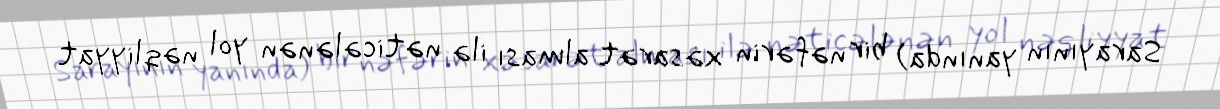
Sarayının yanında) bir nəfərin xəsarət alması ilə nəticələnən yol nəqliyyat